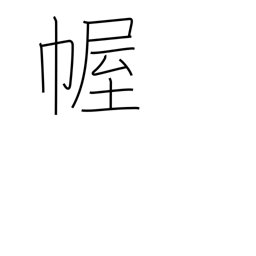
Meaning: curtain